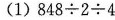
(1)$$8 4 8 \div 2 \div 4$$